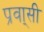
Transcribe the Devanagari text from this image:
प्रवा्सी